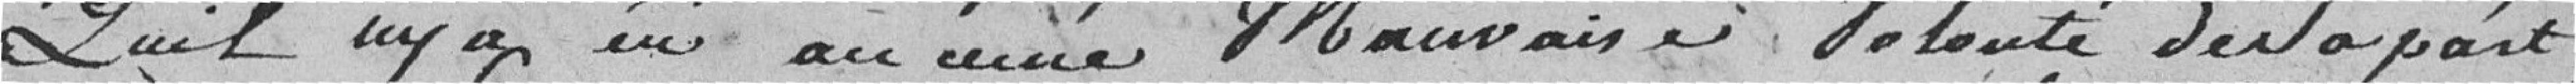
qu'il n'y a eu aucune mauvaise volonté de sa part